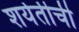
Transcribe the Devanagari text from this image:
शर्यतीची